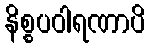
နိစ္စပဝါရဏာပိ